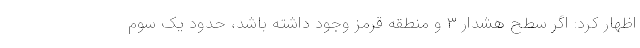
اظهار کرد: اگر سطح هشدار ۳ و منطقه قرمز وجود داشته باشد، حدود یک سوم